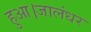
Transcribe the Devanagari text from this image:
हुआ।जालंधर